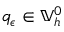
q _ { \epsilon } \in \mathbb { V } _ { h } ^ { 0 }